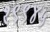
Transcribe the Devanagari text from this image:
१९९४५